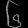
Digit: ၆